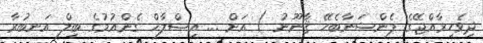
ދިވެހިރާއްޖޭގެ ޕެންޝަނާބެހޭ ޤާނޫނު ) އަށް ... އިޞްލާޚް ގެންއުމުގެ ބިލް އަނބުރާ